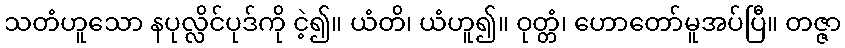
သတံဟူသော နပုလ္လိင်ပုဒ်ကို ငဲ့၍။ ယံတိ၊ ယံဟူ၍။ ဝုတ္တံ၊ ဟောတော်မူအပ်ပြီ။ တဇ္ဇာ